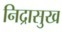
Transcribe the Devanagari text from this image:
निद्रासुख